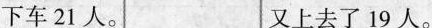
下车21人。 又上去了19人。